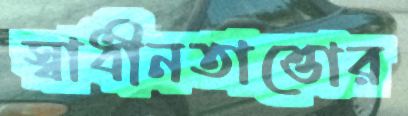
স্বাধীনতাত্তোর